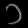
Digit: ၁